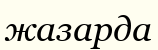
жазарда